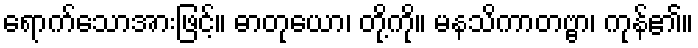
ရောက်သောအားဖြင့်။ ဓာတုယော၊ တို့ကို။ မနသိကာတဗ္ဗာ၊ ကုန်၏။